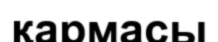
қармасы